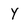
Character: Y